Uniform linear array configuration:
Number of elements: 8
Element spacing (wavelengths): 0.25
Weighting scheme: kaiser
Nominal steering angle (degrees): -15
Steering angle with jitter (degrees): -15.769
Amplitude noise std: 0.05
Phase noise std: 0.05

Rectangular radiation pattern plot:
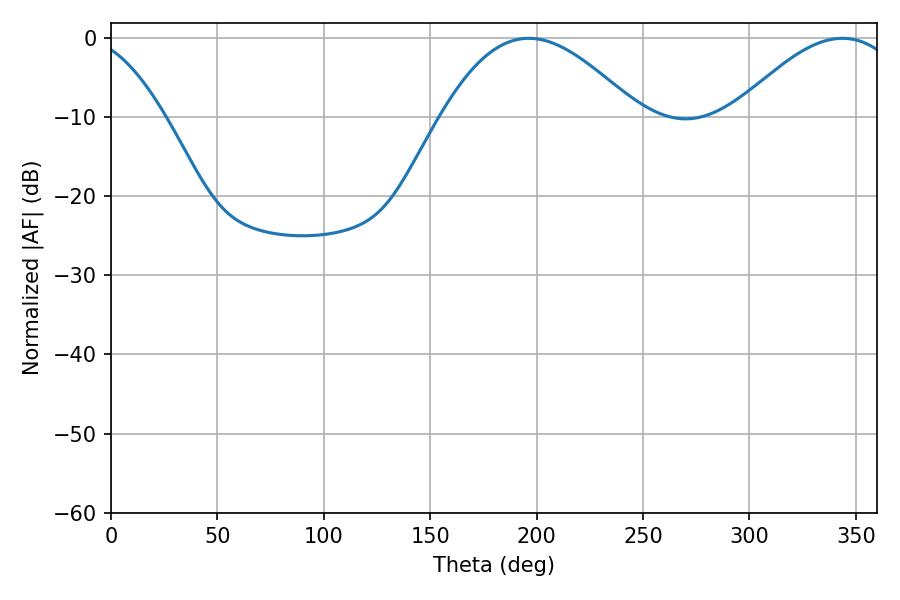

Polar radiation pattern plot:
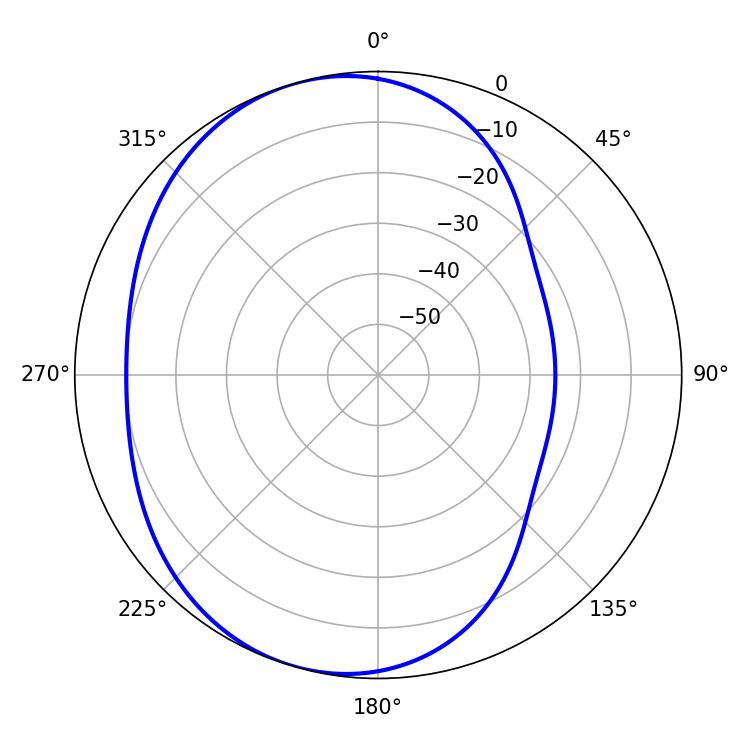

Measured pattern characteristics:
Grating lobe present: FALSE
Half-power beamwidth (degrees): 50.04
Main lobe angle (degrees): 196.38